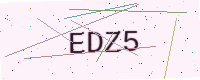
Text: EDZ5